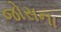
જોસના